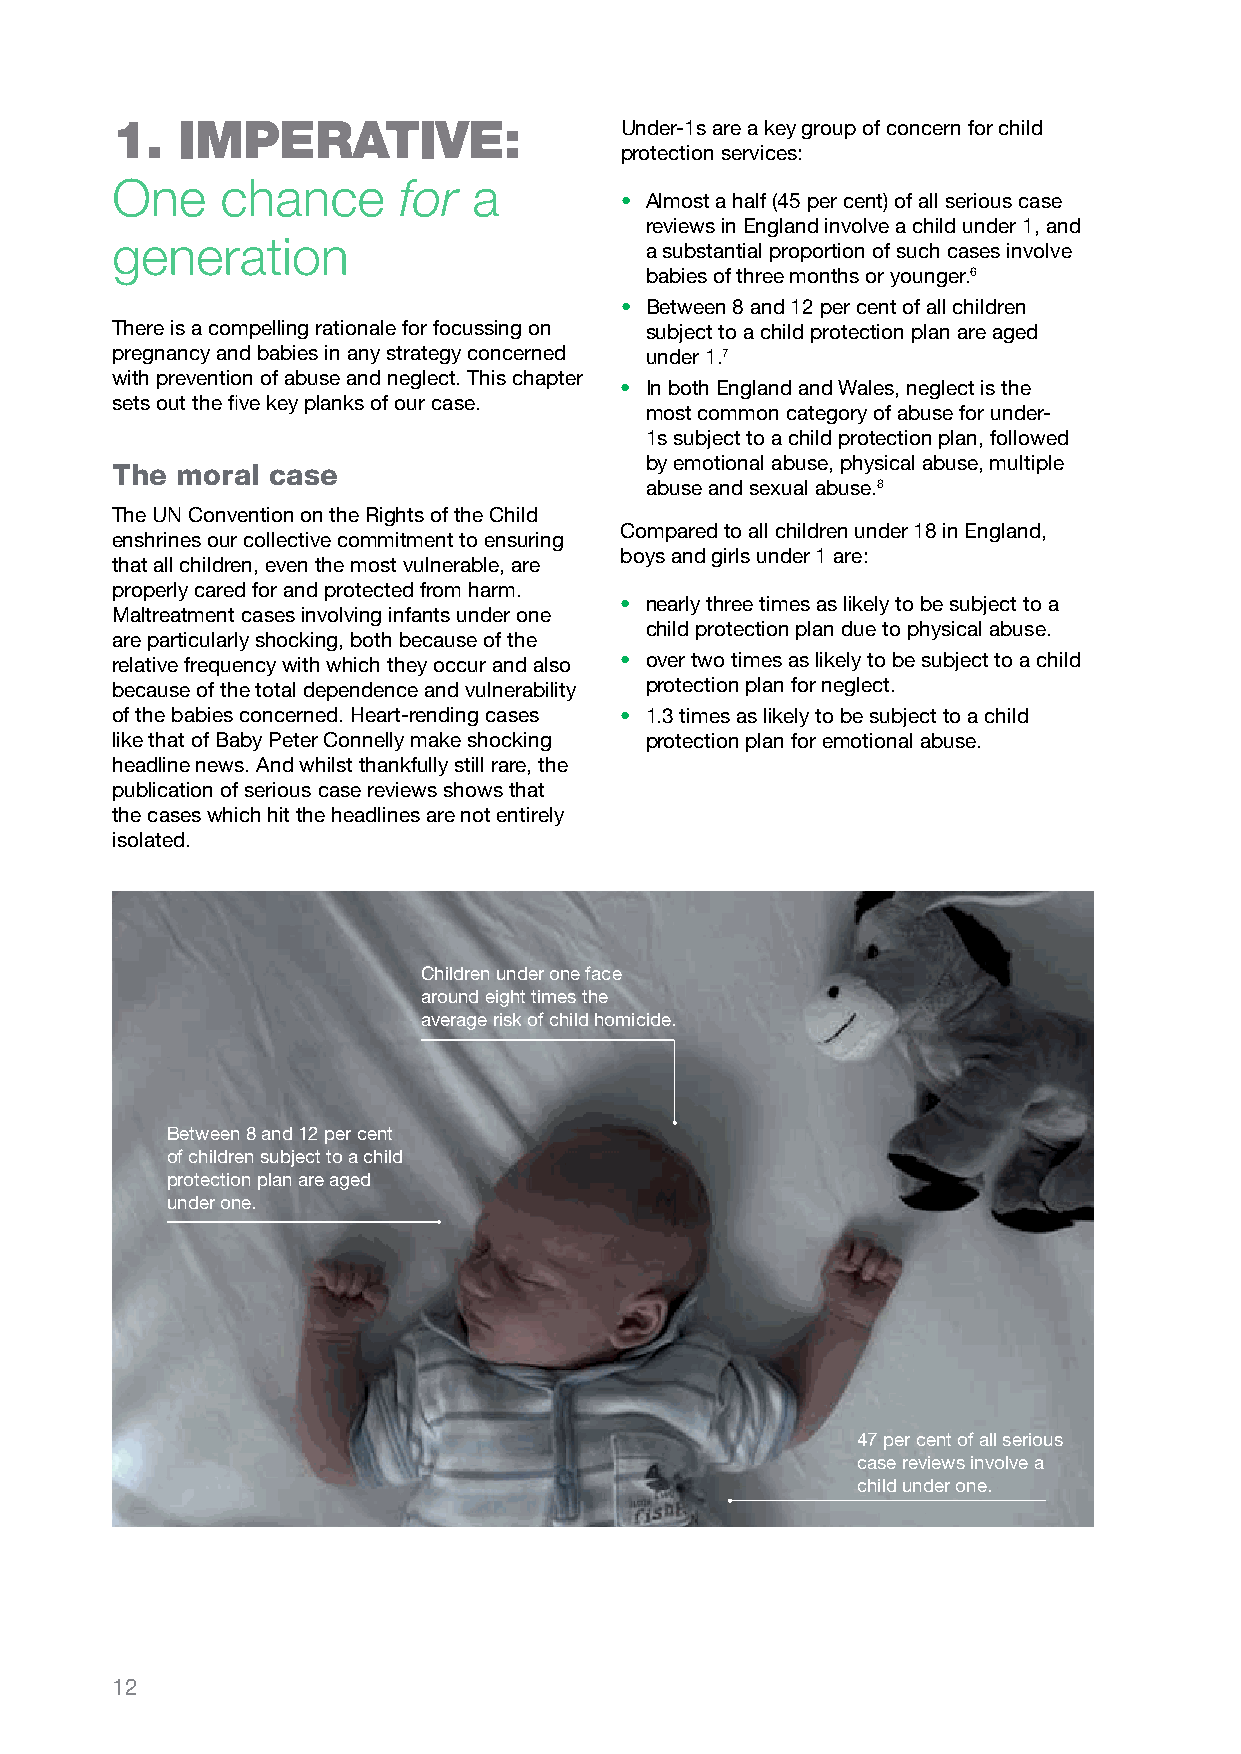
1.   iMPeRatiVe:                  Under-1s are a key group of concern for child
 protection services:
 One     chance     for  a
 • Almost a half (45 per cent) of all serious case
 reviews in England involve a child under 1, and
 generation
 a substantial proportion of such cases involve
 babies of three months or younger.6
 • Between 8 and 12 per cent of all children
 There is a compelling rationale for focussing on subject to a child protection plan are aged
 pregnancy and babies in any strategy concerned under 1.7
 with prevention of abuse and neglect. This chapter
 • In both England and Wales, neglect is the
 sets out the five key planks of our case.
 most common category of abuse for under-
 1s subject to a child protection plan, followed
 by emotional abuse, physical abuse, multiple
 The  moral case
 abuse and sexual abuse.8
 The UN Convention on the Rights of the Child
 Compared to all children under 18 in England,
 enshrines our collective commitment to ensuring
 boys and girls under 1 are:
 that all children, even the most vulnerable, are
 properly cared for and protected from harm.
 • nearly three times as likely to be subject to a
 Maltreatment cases involving infants under one
 child protection plan due to physical abuse.
 are particularly shocking, both because of the
 relative frequency with which they occur and also • over two times as likely to be subject to a child
 because of the total dependence and vulnerability protection plan for neglect.
 of the babies concerned. Heart-rending cases • 1.3 times as likely to be subject to a child
 like that of Baby Peter Connelly make shocking protection plan for emotional abuse.
 headline news. And whilst thankfully still rare, the
 publication of serious case reviews shows that
 the cases which hit the headlines are not entirely
 isolated.
 Children under one face
 around eight times the
 average risk of child homicide.
 Between 8 and 12 per cent
 of children subject to a child
 protection plan are aged
 under one.
 47 per cent of all serious
 case reviews involve a
 child under one.
 12